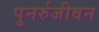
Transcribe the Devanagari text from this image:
पुनर्रुजीवन